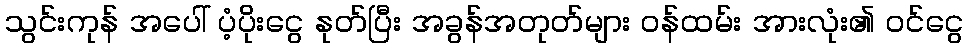
သွင်းကုန် အပေါ် ပံ့ပိုးငွေ နုတ်ပြီး အခွန်အတုတ်များ ဝန်ထမ်း အားလုံး၏ ဝင်ငွေ